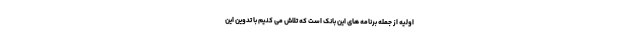
اولیه از جمله برنامه های این بانک است که تلاش می کنیم با تدوین این